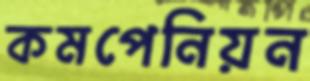
কমপেনিয়ন